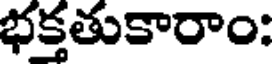
భక్తతుకారాం: